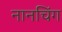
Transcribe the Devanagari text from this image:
नानचिंग